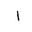
Letter: _alif